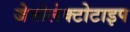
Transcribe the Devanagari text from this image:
जेनोलेक्टोटाइप